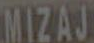
MIZAJ